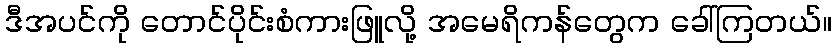
ဒီအပင်ကို တောင်ပိုင်းစံကားဖြူလို့ အမေရိကန်တွေက ခေါ်ကြတယ်။